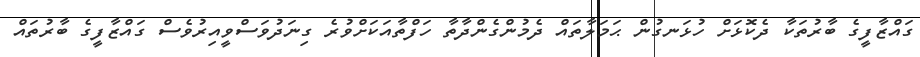
ގައްޒާފީގެ ބާރުތަކާ ދެކޮޅަށް ހުޅަނގުން ޙަމަލާތައް ދެމުންގެންދާތާ ހަފްތާއަކަށްވުރެ ގިނަދުވަސްވީއިރުވެސް ގައްޒާފީގެ ބާރުތައް